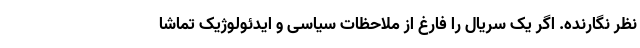
نظر نگارنده. اگر یک سریال را فارغ از ملاحظات سیاسی و ایدئولوژیک تماشا